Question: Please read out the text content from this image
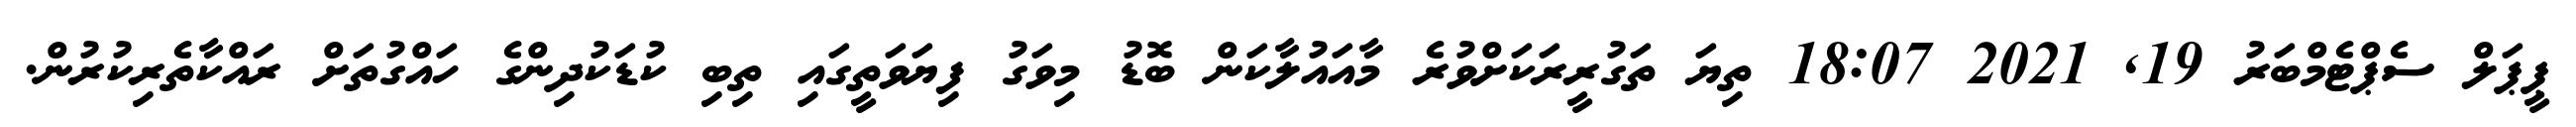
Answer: ޕީޕަލް ސެޕްޓެމްބަރު 19, 2021 18:07 ތިޔަ ތަގުރީރަކަށްވުރެ މާއައުލާކަން ބޮޑު މިވަގު ފިޔަވަތީގައި ތިބި ކުޑަކުދިންގެ ހައްގުތަށް ރައްކާތެރިކުރުން.